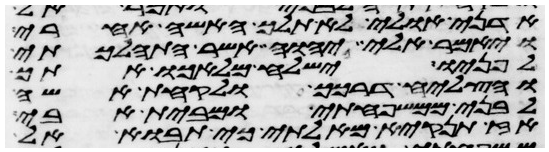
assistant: אדני אולי לא תלך האשה אחרי
ויאמר אלי יהוה אשר התהלכתי
לפניו ישלח מלאכו אתך
והצליח דרכך ולקחת אשה
לבני ממשפחתי ומבית אבי
אז תנקיא מאלתי כי תבוא אל